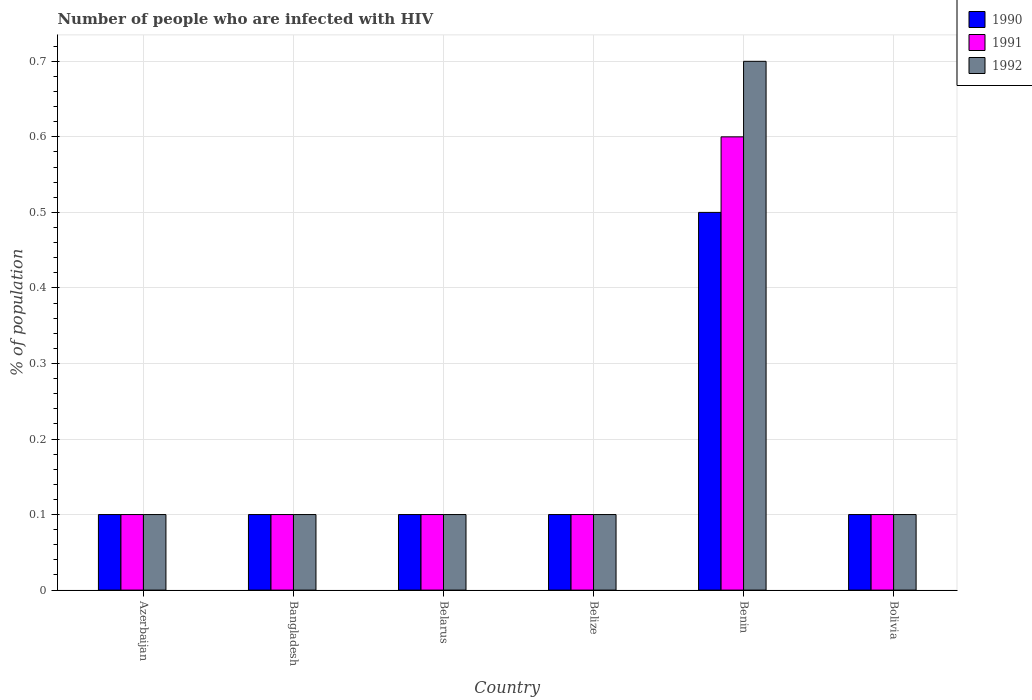
| Country | 1990 | 1991 | 1992 |
 | --- | --- | --- | --- |
 | Azerbaijan | 0.1 | 0.1 | 0.1 |
 | Bangladesh | 0.1 | 0.1 | 0.1 |
 | Belarus | 0.1 | 0.1 | 0.1 |
 | Belize | 0.1 | 0.1 | 0.1 |
 | Benin | 0.5 | 0.6 | 0.7 |
 | Bolivia | 0.1 | 0.1 | 0.1 |